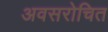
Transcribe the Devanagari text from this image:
अवसरोचित